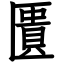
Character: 匱